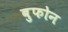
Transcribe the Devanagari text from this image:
बुफोन